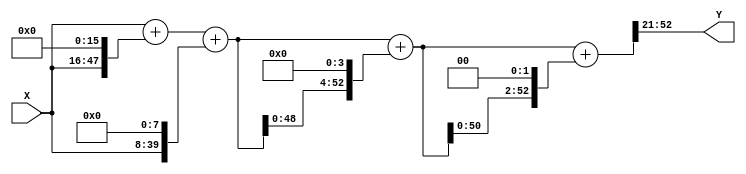
module scm_beta (
    X,
    Y
);

  // Port mode declarations:
  input  signed  [31:0] X;
  output signed  [31:0] Y;

  //Multipliers:

  wire signed [53:0]
    w1,
    w65536,
    w65537,
    w256,
    w65793,
    w1052688,
    w1118481,
    w4473924,
    w5592405,
    w11184810;

  assign w1 = X;
  assign w65536 = w1 << 16;
  assign w65537 = w1 + w65536;
  assign w256 = w1 << 8;
  assign w65793 = w65537 + w256;
  assign w1052688 = w65793 << 4;
  assign w1118481 = w65793 + w1052688;
  assign w4473924 = w1118481 << 2;
  assign w5592405 = w1118481 + w4473924;
  assign w11184810 = w5592405 << 1;

  assign Y = w11184810[53:22];

endmodule